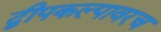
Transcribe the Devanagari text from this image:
द्वीपकल्पावरच